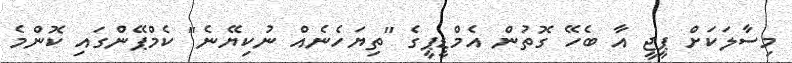
މިސާލަކަށް ޕީޖީ އާ ބެހޭ ގޮތުން އެމްޑީޕީގެ "ތިޔަހެނެއް ނުކިޔޭނެ" ކެމްޕޭންގައި ކޮންމެ